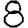
Digit: 8